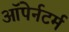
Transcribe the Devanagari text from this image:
ऑपेर्नटर्म